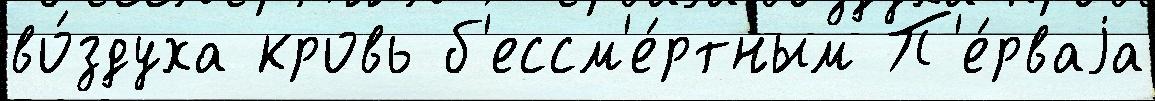
во́здуха кровь б'ессм'е́ртным П'е́рваjа